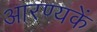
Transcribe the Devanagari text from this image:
आरण्यकें